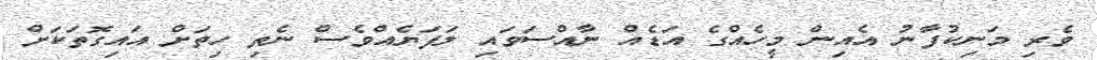
ވެރި މަނިކުފާނު އެއިން މީހެއްގެ އަޑެއް ނާއްސަވައި ލަފަޔެއްވެސް ނެތި ހިތަށް އައިގޮތަކަށް